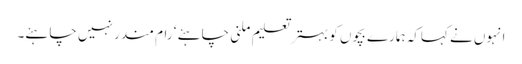
انہوں نے کہاکہ ہمارے بچوں کو بہتر تعلیم ملنی چاہئے ‘ رام مندر نہیں چاہئے۔